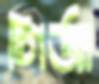
গির্জা